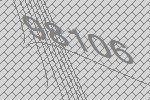
98106